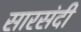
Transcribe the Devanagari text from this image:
सारसंदी